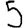
Digit: 5